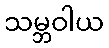
သမ္ဘဝါယ